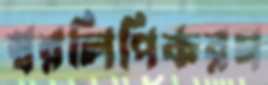
স্বরলিপিকরণ